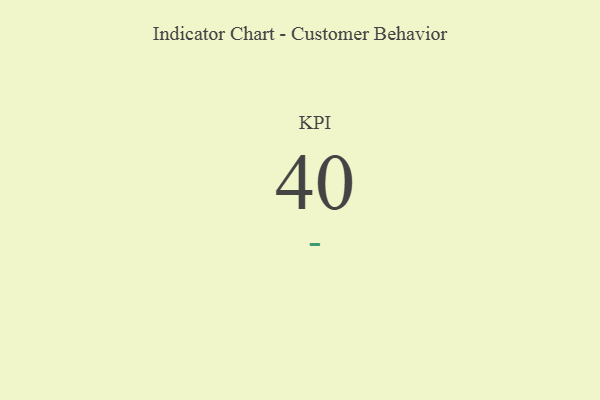
{"axis": {"x": "KPI", "y": "Value"}, "legend": [""], "data": [{"x": "KPI", "y": 40, "type": ""}]}